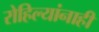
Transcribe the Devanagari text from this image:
रोहिल्यांनाही